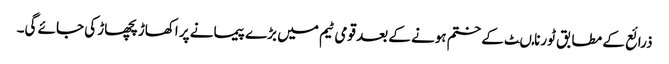
ذرائع کے مطابق ٹورنامںٹ کے ختم ہونے کے بعد قومی ٹیم میں بڑے پیمانے پر اکھاڑ پچھاڑ کی جائے گی۔